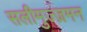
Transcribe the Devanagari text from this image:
सलीमुज्ज़मन